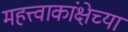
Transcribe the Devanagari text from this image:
महत्त्वाकांक्षेच्या